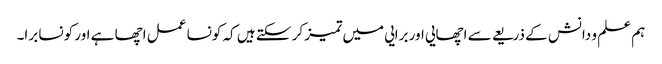
ہم علم و دانش کے ذریعے سے اچھایی اور برایی میں تمیز کر سکتے ہیں کہ کونسا عمل اچھا ہے اور کونسا برا۔